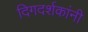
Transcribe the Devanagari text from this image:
दिगदर्शकांनी